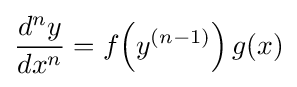
{\frac {d^{n}y}{dx^{n}}}=f\!\left(y^{(n-1)}\right)g(x)